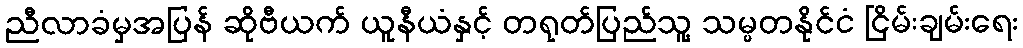
ညီလာခံမှအပြန် ဆိုဗီယက် ယူနီယံနှင့် တရုတ်ပြည်သူ့ သမ္မတနိုင်ငံ ငြိမ်းချမ်းရေး